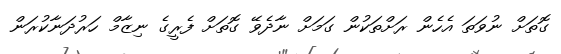
ގޮތަށް ނުވަތަ އެހެން ރަށްތަކުން ގަމަށް ނާދެވޭ ގޮތަށް ފެރީގެ ނިޒާމް ހަރުދަނާކުރަން